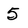
Character: 5